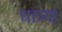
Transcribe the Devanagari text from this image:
धात्र्या